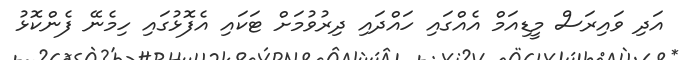
އަދި ވައިރަސް މީޑިއަމް އެއްގައި ހައްދައި ދިރުވުމަށް ޓަކައި އެފޮޅުގައި ހިމެނޭ ފެންކޮޅު